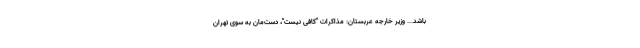
باشد... وزیر خارجه عربستان: مذاکرات "کافی نیست"، دست‌مان به سوی تهران